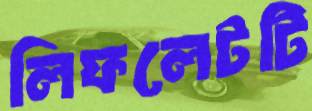
লিফলেটটি